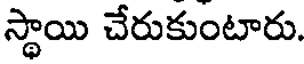
స్థాయి చేరుకుంటారు.